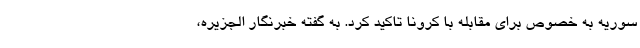
سوریه به خصوص برای مقابله با کرونا تاکید کرد. به گفته خبرنگار الجزیره،